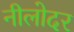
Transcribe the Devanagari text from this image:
नीलोदर